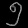
Digit: ၅